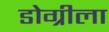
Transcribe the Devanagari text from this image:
डोग्रीला